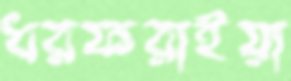
ধরফরাইয়া